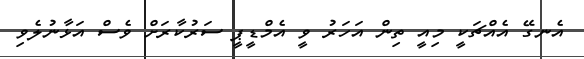
އެނގޭ އެއްޗަކީ މިއީ ތިން އަހަރު ވީ އެމްޑީޕީ ސަރުކާރަށް ވެސް އަޅާނުލެވި